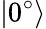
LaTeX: |0^{\circ}\rangle